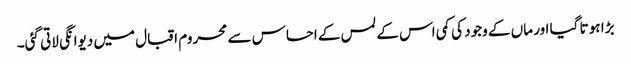
بڑا ہو تا گیا اور ماں کے وجود کی کمی اس کے لمس کے احساس سے محروم اقبال میں دیوانگی لاتی گئی۔